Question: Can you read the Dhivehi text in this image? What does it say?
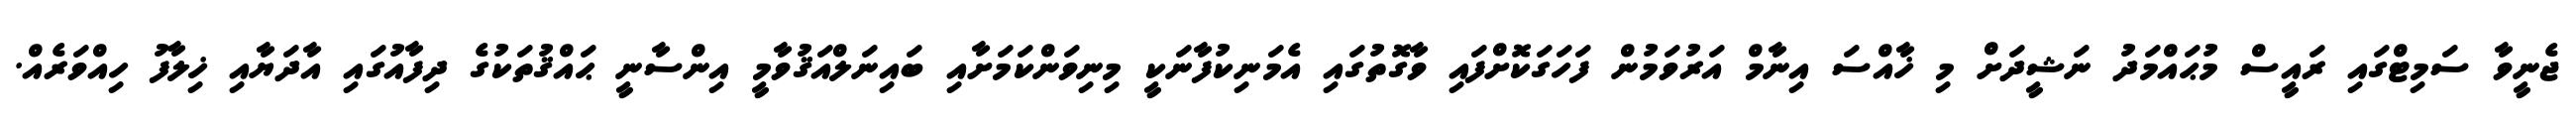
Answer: ޖެނީވާ ސަމިޓްގައި ރައީސް މުޙައްމަދު ނަޝީދަށް މި ޚާއްސަ އިނާމް އަރުވަމުން ފަހަގަކޮށްފައި ވާގޮތުގައި އެމަނިކުފާނަކީ މިނިވަންކަމަށާއި ބައިނަލްއަޤުވާމީ އިންސާނީ ޙައްޤުތަކުގެ ދިފާއުގައި އާދަޔާއި ޚިލާފު ހިއްވަރެއް.